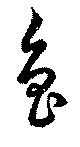
魯